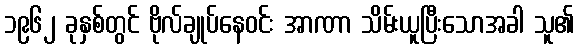
၁၉၆၂ ခုနှစ်တွင် ဗိုလ်ချုပ်နေဝင်း အာဏာ သိမ်းယူပြီးသောအခါ သူ၏